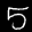
Label: 5